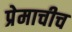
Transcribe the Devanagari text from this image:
प्रेमाचीच